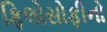
ફિલોસોફીનો